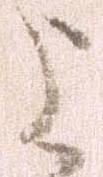
よ